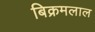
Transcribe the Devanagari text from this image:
बिक्रमलाल